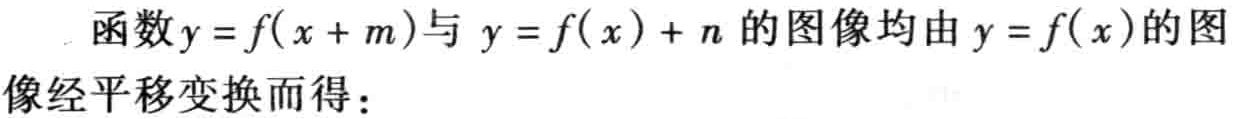
函数\(y = f(x + m)\)与 \(y = f(x)+n\) 的图像均由 \(y = f(x)\) 的图像经平移变换而得：